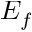
E _ { f }